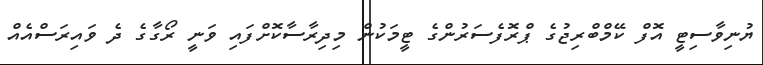
ޔުނިވާސިޓީ އޮފް ކޭމްބްރިޖުގެ ޕްރޮފެސަރުންގެ ޓީމަކުން މިދިރާސާކޮށްފައި ވަނީ ރޯގާގެ ދެ ވައިރަސްއެއް